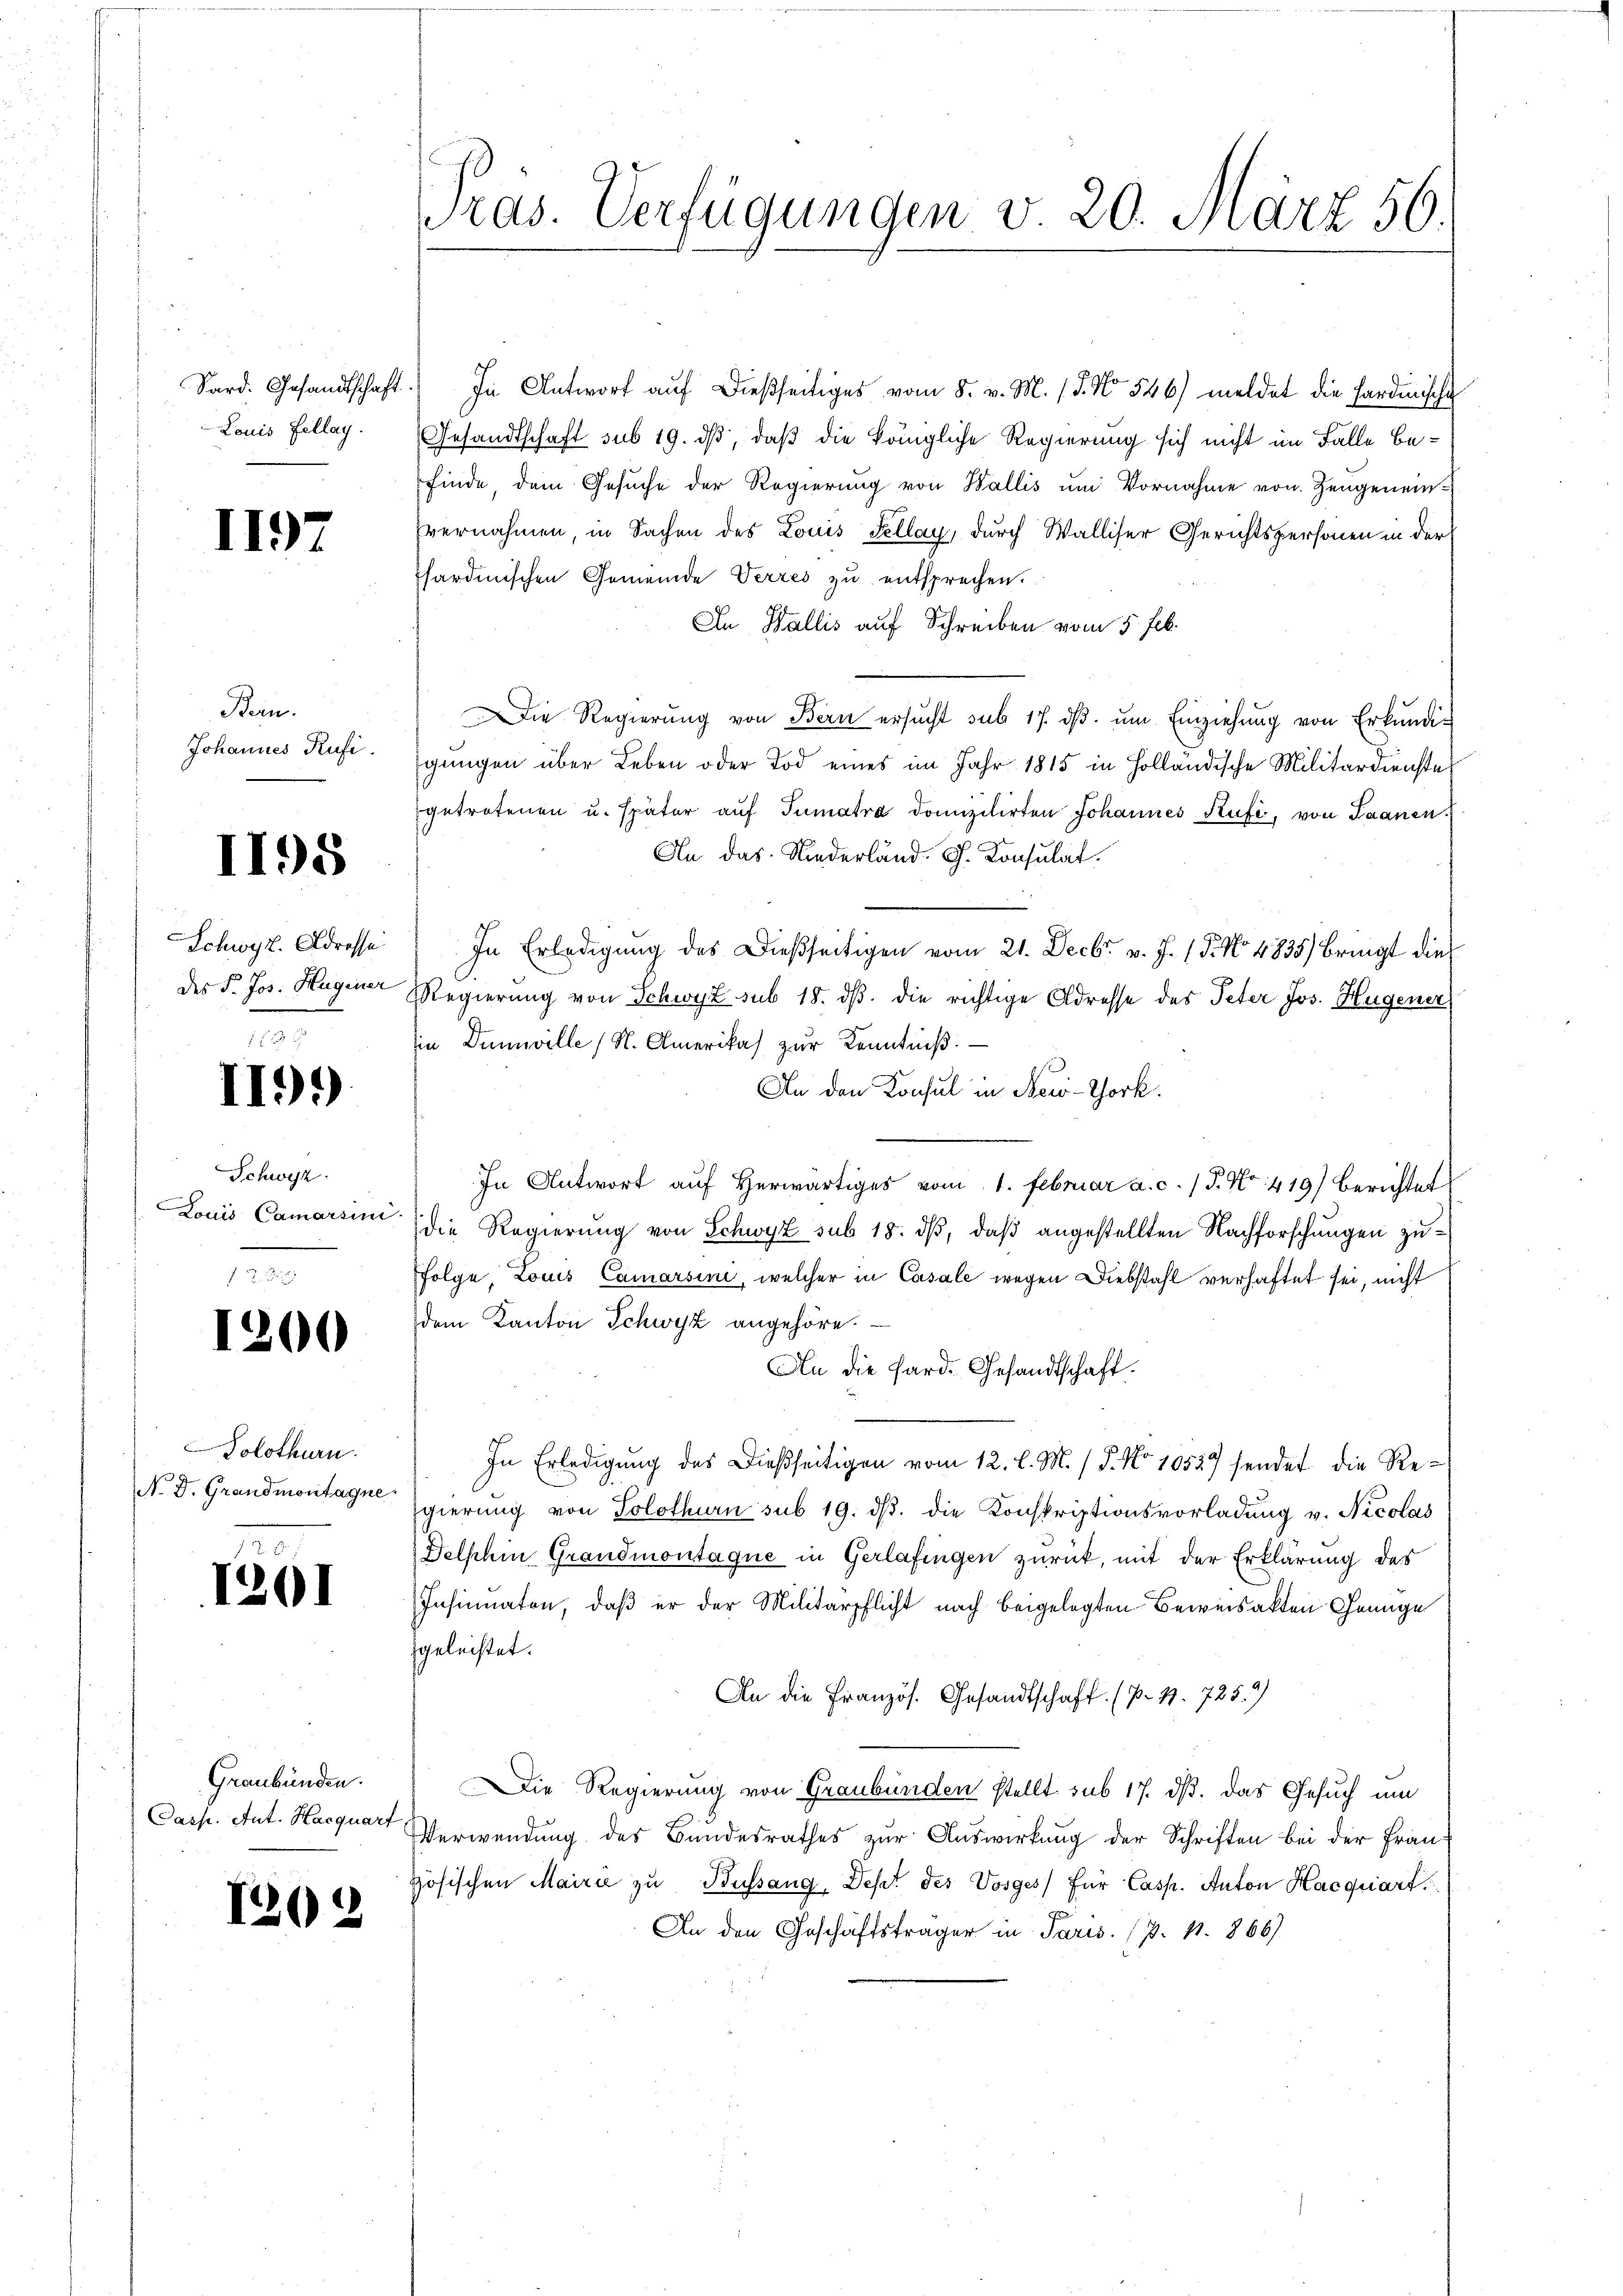
Louis Fellay.

1197

Bern.
Johannes Rufi.

1198

II9)

Schweiz.
Louis Camarsini

1200

Solothurn.
N. D. Grandmontagne

1201

Sard. Gesandtschaft. In Antwort aŭf dießseitiges vom 8. v. M. / 5. No 546) meldet die Fardinische
Gesandtschaft sub 19. ds, daß die königliche Regierung sich nicht im Falle befinde, dem Gesŭche der Regierung von Wallis um Vornahme von Zeugeneinvernahmen, in Sachen des Louis Fellay, durch Walliser Gerichtspersonen in der
sardinischen Gemeinde Verzes zu entsprechen.
An Wallis auf Schreiben vom 5 Feb.
Die Regierŭng von Bern ersŭcht sub 17. dβ. ŭm Einziehŭng von Erkŭndi-
gungen über Leben oder Tod eines im Jahr 1815 in Holländische Militärdienste
getretenen u. später aŭf Tumatra domizilirten Johannes Rufe, von Saanen.
An das Niederland. Ch. Konsulat.
Schwyz. Adresse) In Erledigŭng des Dießseitigen vom 21. Decbr. v. J. (5. No 4835) Bringt die
des F. Jos. Hugener Regierung von Schwyz sub 18. ds. die richtige Adresse des Peter Jos. Hugener
in Dunwille (St. Amerikas zŭr Kenntniβ.
An den Konsul in New-York.
In Antwort auf herwärtiges vom 1. Februar a. c. (T. No. 419) berichtet
die Regierung von Schwyz sub 18. dβ, daß angestellten Nachforschungen zufolge, Louis Camarsini, welcher in Casale wegen Diebstahl verhaftet sei, nicht
dem Kanton Schwyz angehöre.
An die Sard. Gesandtschaft.
In Erledigung des Dießseitigen vom 12. l. M. / 5. No 10529 sendet die Regierung von Solothurn sub 19. dβ. die Konskriptionsvorladung v. Nicolas
Delphin Grandmontaque in Gerlafingen zurück, mit der Erklärung des
Insinuaten, daß er der Militärpflicht nach beigelegten Beweisakten Genüge
geleistet.
An die Französ. Gesandtschaft. (p. 19. 725.9)
Die Regierung von Graubünden stellt sub 17. ds. das Gesuch um
Verwendung des Bandesrathes zur Auswirkung der Schriften bei der Französischen Mairie zu Bussang, Depet des Vosges für Casp. Anton Hacquart
An den Geschäftsträger in Paris. (p. 1. 866)

Graubünden.
Casp. Ant. Haequart

1202

Präs. Verfügungen v. 20. März 56.